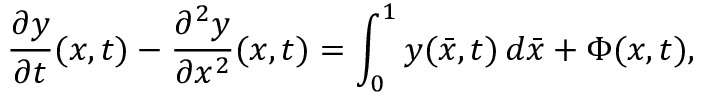
\frac { \partial y } { \partial t } ( x , t ) - \frac { \partial ^ { 2 } y } { \partial x ^ { 2 } } ( x , t ) = \int _ { 0 } ^ { 1 } y ( \bar { x } , t ) \, d \bar { x } + \Phi ( x , t ) ,